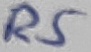
Text: R5